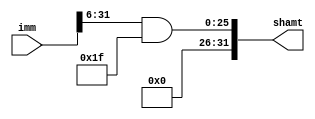
`timescale 1ns / 1ps

module SHR_six(
    input [31:0] imm,
    output reg [31:0] shamt
    );
    always @ (imm)
    begin
        shamt = (imm >> 6)&32'h0000001f;
    end
endmodule